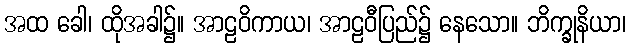
အထ ခေါ၊ ထိုအခါ၌။ အာဠဝိကာယ၊ အာဠဝီပြည်၌ နေသော။ ဘိက္ခုနိယာ၊